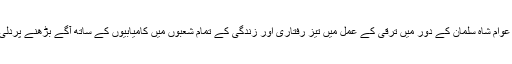
غیرملکی خبررساں ادارے کے مطابق سعودی عوام شاہ سلمان کے دور میں ترقی کے عمل میں تیز رفتاری اور زندگی کے تمام شعبوں میں کامیابیوں کے ساتھ آگے بڑھنے پردلی محبت کے ساتھ اظہار یکجہتی کر تے رہے ۔